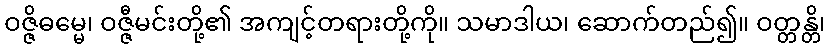
ဝဇ္ဇိဓမ္မေ၊ ဝဇ္ဇီမင်းတို့၏ အကျင့်တရားတို့ကို။ သမာဒါယ၊ ဆောက်တည်၍။ ဝတ္တန္တိ၊